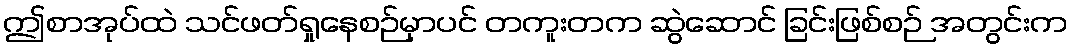
ဤစာအုပ်ထဲ သင်ဖတ်ရှုနေစဉ်မှာပင် တကူးတက ဆွဲဆောင် ခြင်းဖြစ်စဉ် အတွင်းက